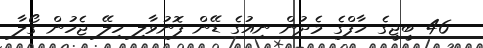
46 ބީޖީގެ ހާފްގެ މެދުން ނިއުގެ ޑޭން ފޮނުވާލި ހިލޭ ޖެހުން ގޯލާ